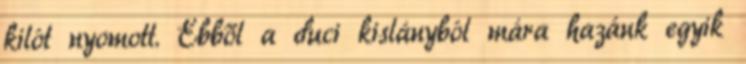
kilót nyomott. Ebből a duci kislányból mára hazánk egyik